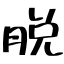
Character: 脱